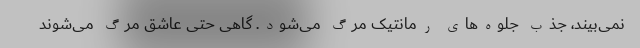
نمی‌بیند، جذب جلوه‌های رمانتیک مرگ می‌شود. گاهی حتی عاشق مرگ می‌شوند